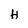
Character: H